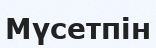
Мүсетпін